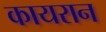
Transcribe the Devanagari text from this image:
कायरान